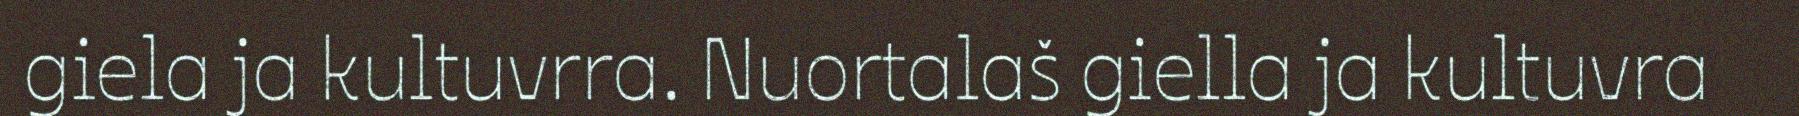
giela ja kultuvrra. Nuortalaš giella ja kultuvra